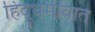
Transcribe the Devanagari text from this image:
हिंदूधर्मीयात